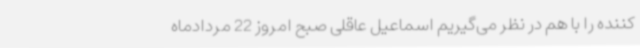
کننده را با هم در نظر می‌گیریم اسماعیل عاقلی صبح امروز 22 مردادماه